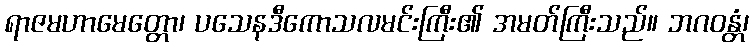
ရာဇမဟာမေတ္တော၊ ပသေနဒီကောသလမင်းကြီး၏ အမတ်ကြီးသည်။ ဘဂဝန္တံ၊